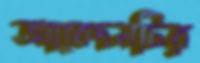
আবেদনটির